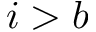
i > b